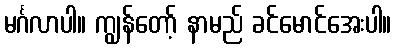
မင်္ဂလာပါ။ ကျွန်တော့် နာမည် ခင်မောင်အေးပါ။